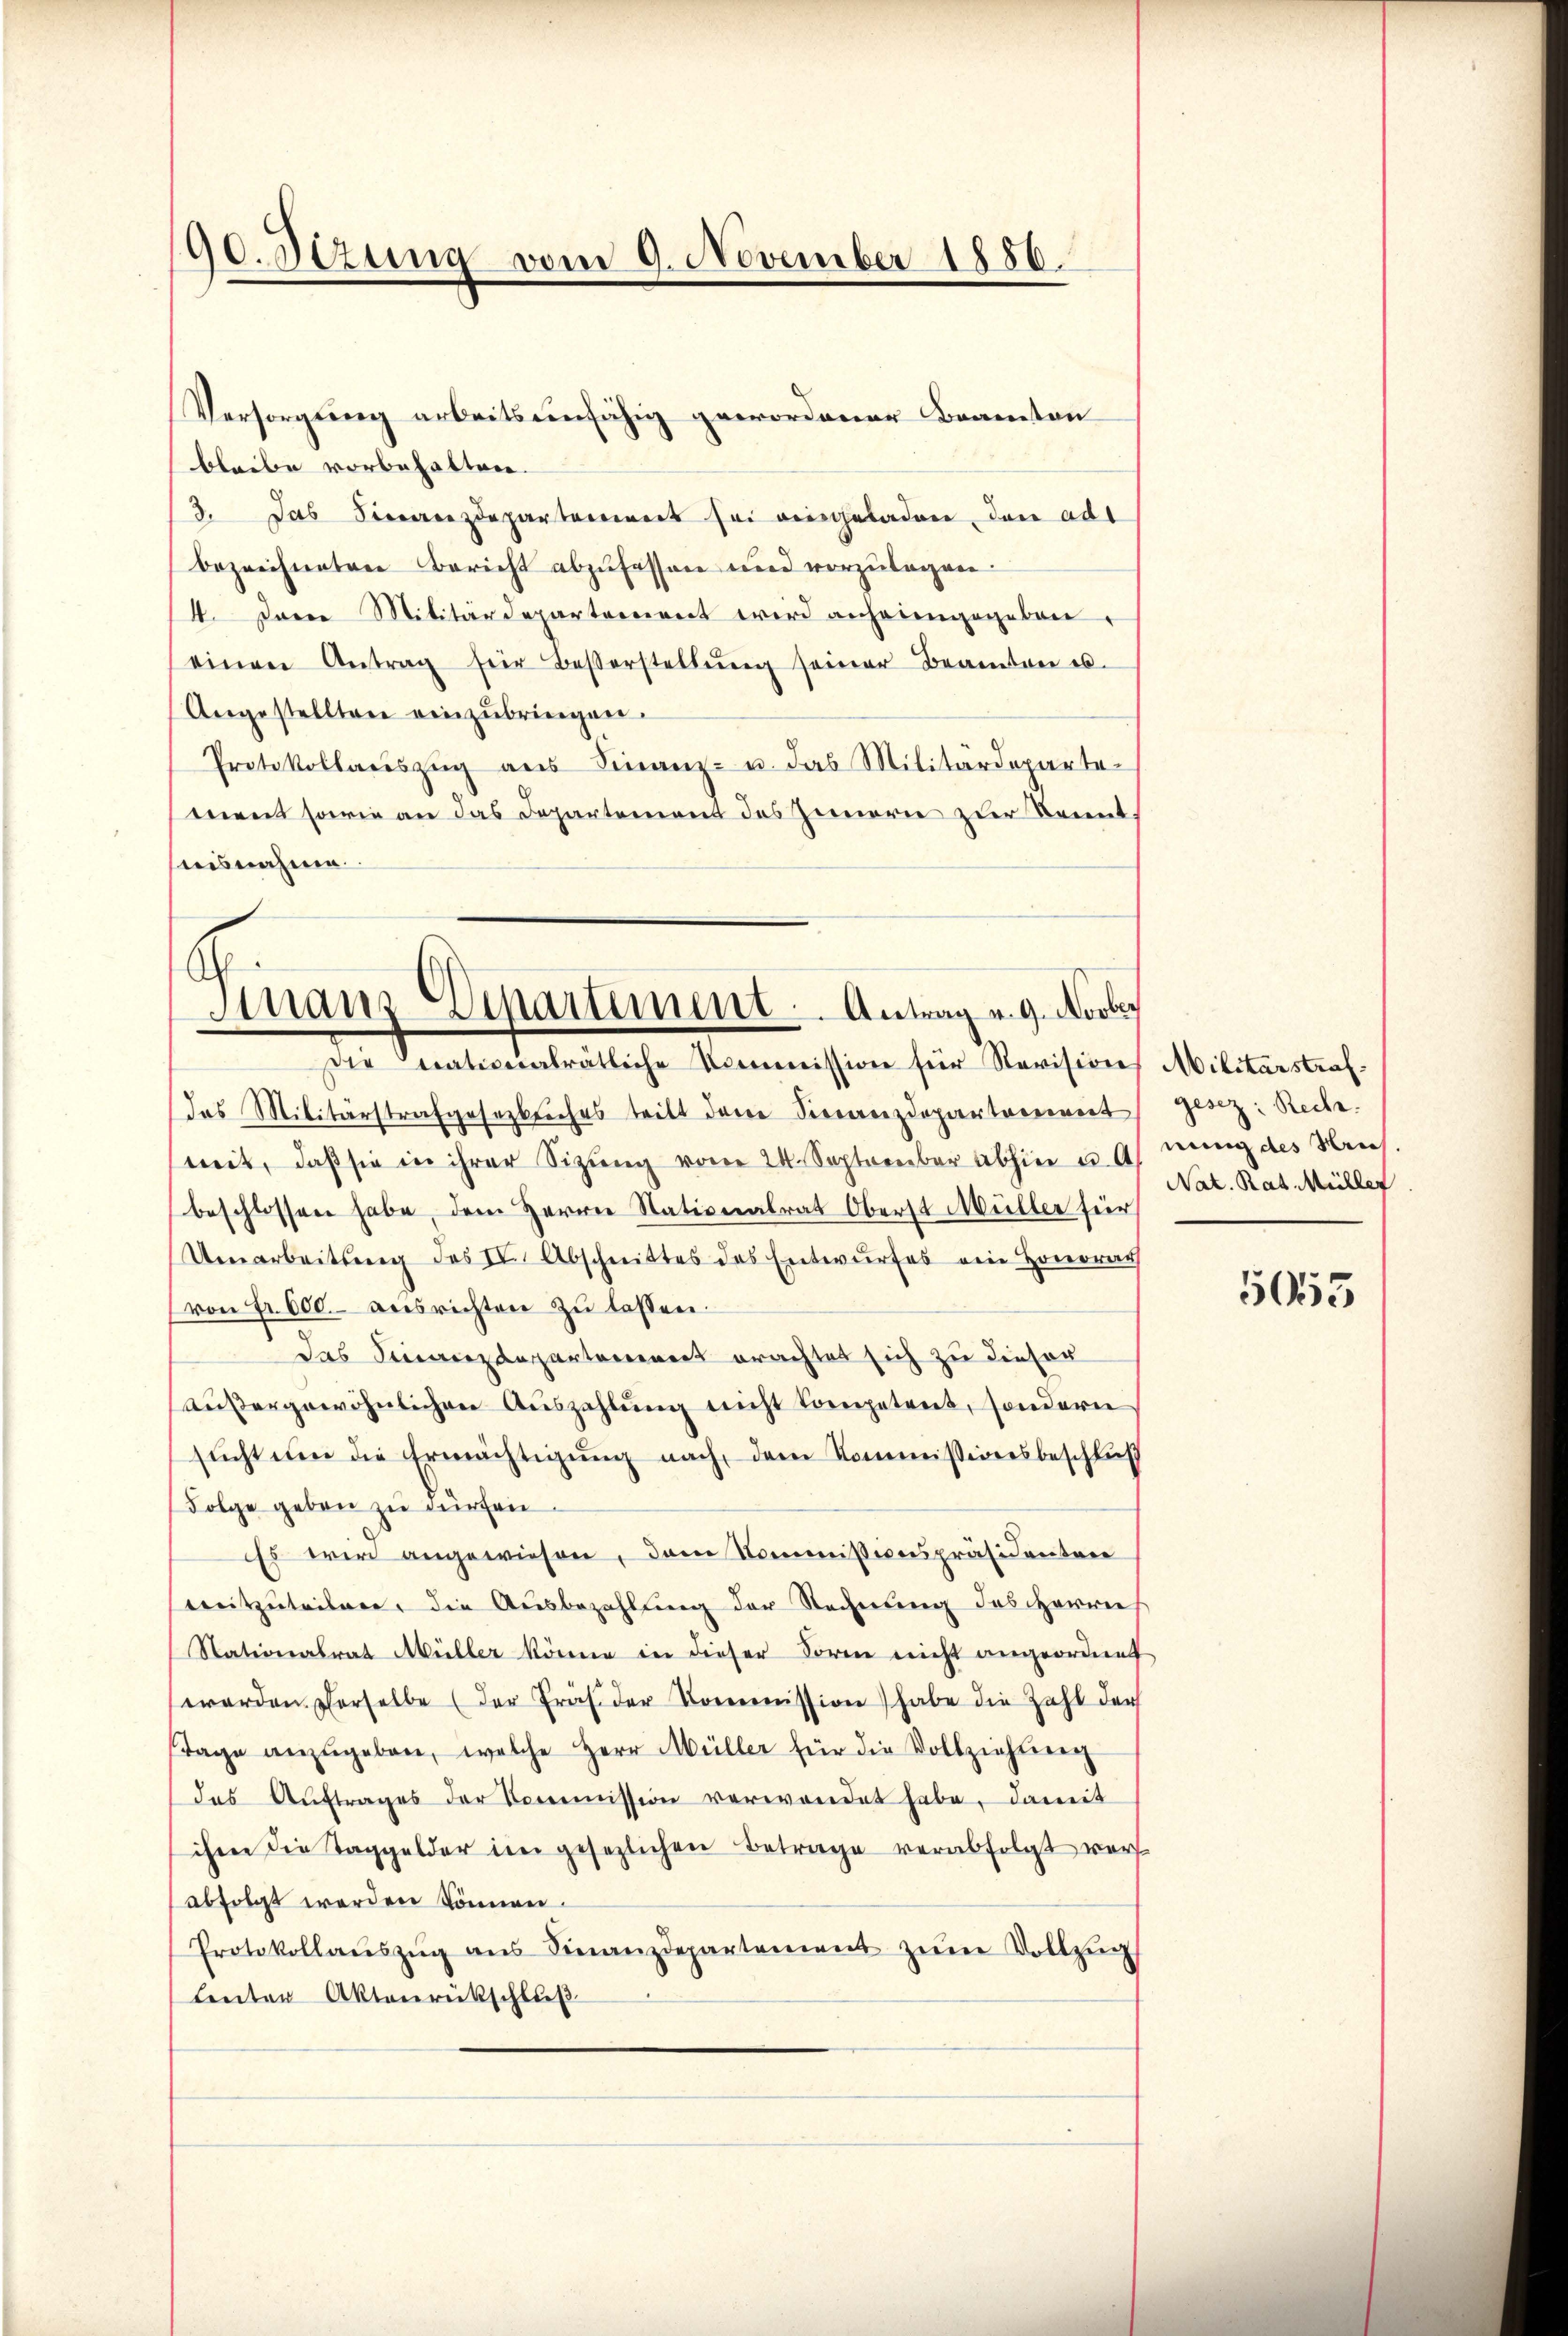
190. Sezung vom 9. November 1886.

bleibe vorbehalten.
3. Das Sievereizdepartement sei eingeladen, den ad
bezeichneten Bericht abzufassen und vorzulagen.
14. Darre Militärdepartement wird anherengegeben.
einen Antrag für Besserstellŭng seiner Beamten es.
Angestellten einzubringen.
Protokollarszŭg aŭs Finanz- u. das Militärdeparte
mens sowie an das Departement des Innern zur Kennt
uisnahme.

Versorgung arbeits einfähig gewordener Beamten

Finanz Departiment. Antrag v. 9. Novber
Die nationalrätliche Kommission für Revisions Militärstraf¬

Das Militärstrafgesezliches tritt dem Sinanzdepartement gesez: Reche.
mit, daβ sie in ihrer Sizŭng vom 24. September abhin u. nung des Meuch
beschlossen habe, dem Herrn Nationalrat Oberst Müller für
Umarbeitŭng des II. Abschnittes des Entwŭrfes ein Honorar
von Fr. 600. ausrichten zu lassen.
das Finanzdepartement erachtet sich zu dieser
außergewöhnlichen Auszahlung nicht Competent, sondern
sŭcht ŭm die Ermächtigŭng nach dem Kommissionsbeschluß
Folge geben zu dürfen.
Es wird angewiesen, dem Kommissivenpräsidenten
mitzŭteilen, die Ausbezahlung der Rechnung des Herrn
Nationalrat Müller könne in dieser Form nicht angeordnet
werden derselbe (der Präs. der Kommission) habe die Zahl der
Tage anzŭgeben, welche Herr Müller für die Vollziehung
das Aŭftrages der Kommission verwendet habe, damit
ihme die Taggelder im gesezlichen Betrage verabfolgt wor
abfolgt werden können.
Protokollaŭszŭg ans Finanzdepartement zŭm Vollzŭg
leuten Aktenrückschluß

Nat. Rat Müller

5053